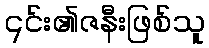
၎င်း၏ဇနီးဖြစ်သူ